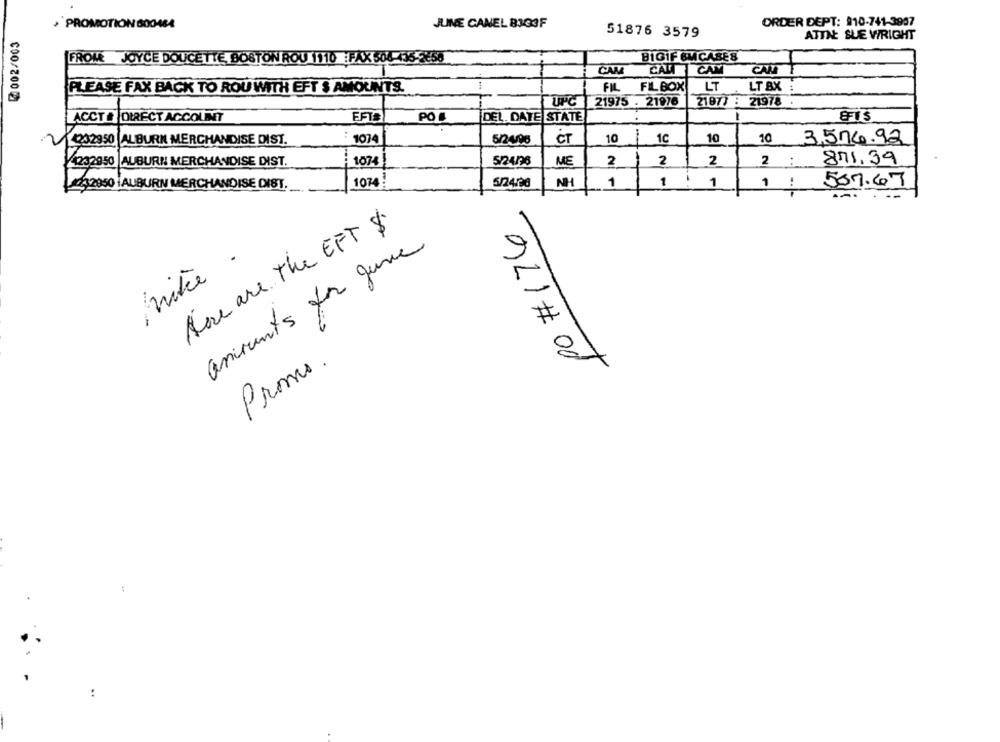
JUNE CANEL 8303F
ORDER DEPT: 910-741-3907
+ PROMOTION 600484
@002/003
51876 3579
ATTLE SUE WRIGHT
FROM JOYCE DOUCETTE BOSTON ROU 1110 : FAX 508-116-3250
BIGIF BMCASES
CAM
CALICAM
CAN
PLEASE FAX BACK TO ROU WITH EFT $ AMOUNTS.
FIL
FIL BOX
LT
LT BX
UPC
21975 . 21976
21977 : 21978
ACCTA DIRECT ACCOUNT
EFT#
PO #
DEL. DATE STATE
932850 ALBURN MERCHANDISE DIST.
1074
5/2400
CT
10
1C
10
10 3,574.92
4232950 |AUBURN MERCHANDISE DIST.
1074
5/24/96
ME
2
2
2
2 :
871.39
1074
5/24.00
NH
1
1 : 1
1 : 537.67
2232050 IAUBURN MERCHANDISE DIST.
po # 176
Here are the EFT $
assivents for gune
Promo .